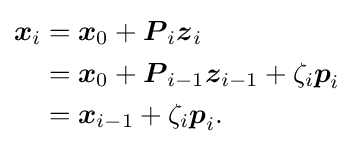
{\begin{aligned}{\boldsymbol {x}}_{i}&={\boldsymbol {x}}_{0}+{\boldsymbol {P}}_{i}{\boldsymbol {z}}_{i}\\&={\boldsymbol {x}}_{0}+{\boldsymbol {P}}_{i-1}{\boldsymbol {z}}_{i-1}+\zeta _{i}{\boldsymbol {p}}_{i}\\&={\boldsymbol {x}}_{i-1}+\zeta _{i}{\boldsymbol {p}}_{i}{\text{.}}\end{aligned}}